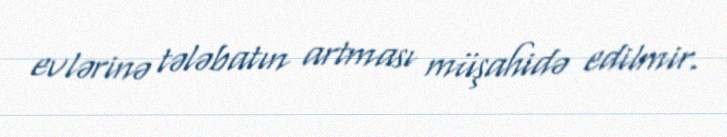
evlərinə tələbatın artması müşahidə edilmir.